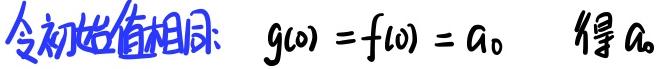
令初始值相同: $g(0) = f(0) = a_{0}$  得 $a_{0}$